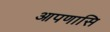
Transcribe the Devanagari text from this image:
आपणासि